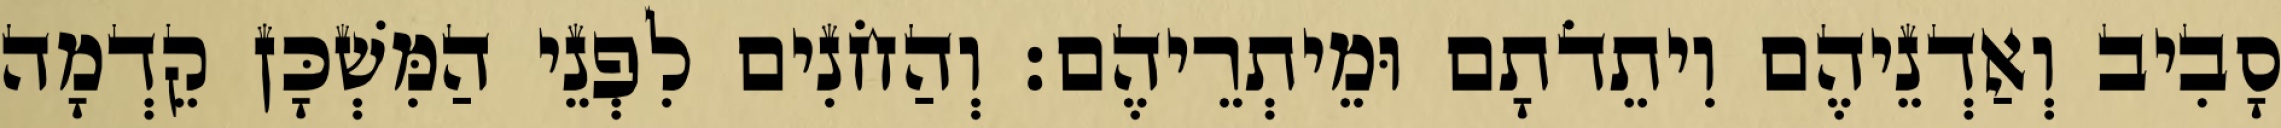
סָבִיב וְאַדְנֵיהֶם וִיתֵדֹתָם וּמֵיתְרֵיהֶם׃ וְהַחֹנִים לִפְנֵי הַמִּשְׁכָּן קֵדְמָה